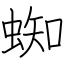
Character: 蜘